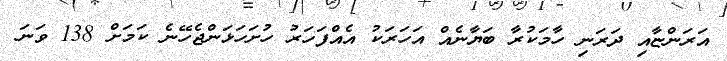
އަރަންޏާއި ދަރަނި ހާމަކުރާ ބަޔާނެއް އަހަރަކު އެއްފަހަރު ހުށަހަޅަންޖެހޭނެ ކަމަށް 138 ވަނަ